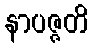
နာပဇ္ဇတိ